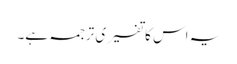
یہ اس کا تفسیری ترجمہ ہے۔